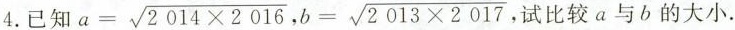
4.已知 $$a= \sqrt{2014 \times 2016}$$,$$b= \sqrt{2013 \times 2017}$$ ，试比较a与b的大小.